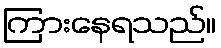
ကြားနေရသည်။